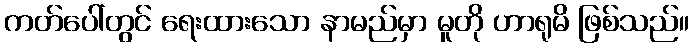
ကတ်ပေါ်တွင် ရေးထားသော နာမည်မှာ မူတို ဟာရုမိ ဖြစ်သည်။